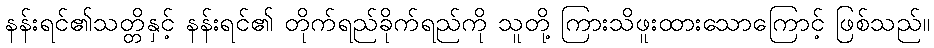
နန်းရင်၏သတ္တိနှင့် နန်းရင်၏ တိုက်ရည်ခိုက်ရည်ကို သူတို့ ကြားသိဖူးထားသောကြောင့် ဖြစ်သည်။